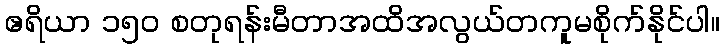
ဧရိယာ ၁၅၀ စတုရန်းမီတာအထိအလွယ်တကူမစိုက်နိုင်ပါ။